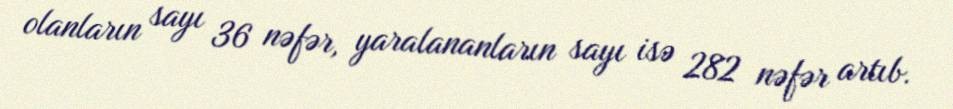
olanların sayı 36 nəfər, yaralananların sayı isə 282 nəfər artıb.